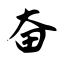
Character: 奋